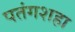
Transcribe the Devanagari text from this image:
पतंगशहा